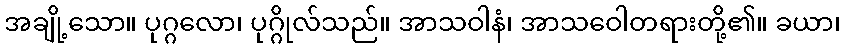
အချို့သော။ ပုဂ္ဂလော၊ ပုဂ္ဂိုလ်သည်။ အာသဝါနံ၊ အာသဝေါတရားတို့၏။ ခယာ၊